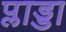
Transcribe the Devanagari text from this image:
प्लाड्डा